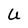
Character: U